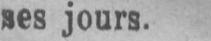
ses jours.